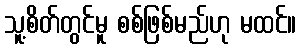
သူ့စိတ်တွင်မူ စစ်ဖြစ်မည်ဟု မထင်။